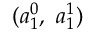
( a _ { 1 } ^ { 0 } , ~ a _ { 1 } ^ { 1 } )